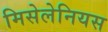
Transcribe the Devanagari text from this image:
मिसेलेनियस